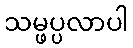
သမ္ဖပ္ပလာပါ